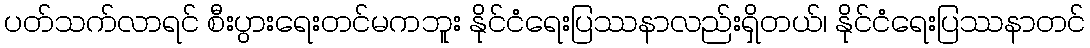
ပတ်သက်လာရင် စီးပွားရေးတင်မကဘူး နိုင်ငံရေးပြဿနာလည်းရှိတယ်၊ နိုင်ငံရေးပြဿနာတင်